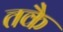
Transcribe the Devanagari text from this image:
तकै